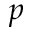
p